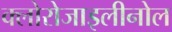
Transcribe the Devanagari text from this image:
क्लोरोजाइलीनोल